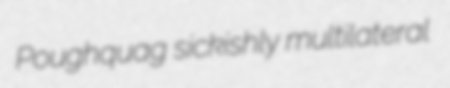
Poughquag sickishly multilateral